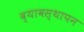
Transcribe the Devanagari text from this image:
व्यावस्थापन